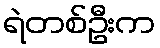
ရဲတစ်ဦးက